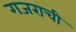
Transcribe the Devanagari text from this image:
गजराची